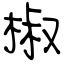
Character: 椒